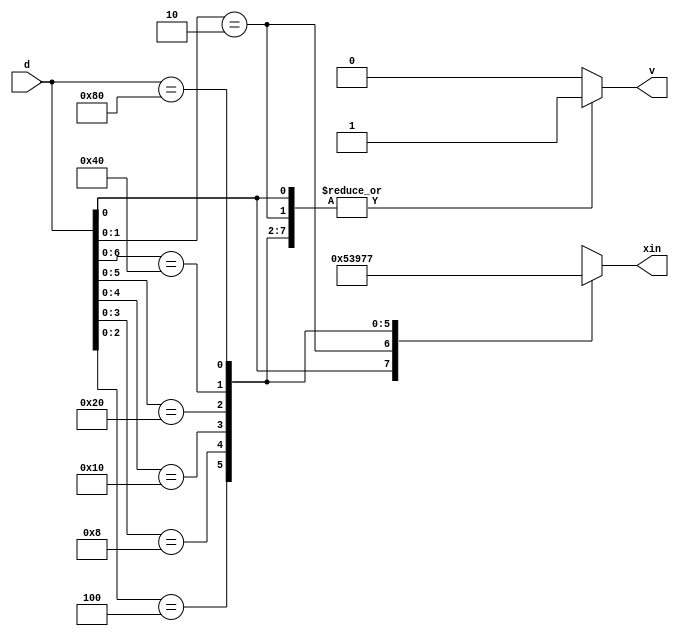
module priority_encoder(d,xin,v);


input [7:0] d;
output [2:0] xin;
output v;

reg v;
reg [2:0] xin;

always @(*) begin
    xin = #1 3'bX;
    v=1;
    casex (d)
        8'bxxxxxxx1: begin
        xin = 3'b000;
        v = 1;
        end
        8'bxxxxxx10: begin
        xin = 3'b001;
        v = 1;
        end
        8'bxxxxx100: begin
        xin = 3'b010;
        v = 1;
        end
        8'bxxxx1000: begin
        xin = 3'b011;
        v = 1;
        end
        8'bxxx10000: begin
        xin = 3'b100;
        v = 1;
        end
        8'bxx100000: begin
        xin = 3'b101;
        v = 1;
        end
        8'bx1000000: begin
        xin = 3'b110;
        v = 1;
        end
        8'b10000000: begin
        xin = 3'b111;
        v = 1;
        end
        default: begin
        xin =3'bX;
        v=0; 
        end
    endcase
    
end

endmodule